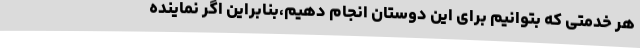
هر خدمتی که بتوانیم برای این دوستان انجام دهیم،بنابراین اگر نماینده